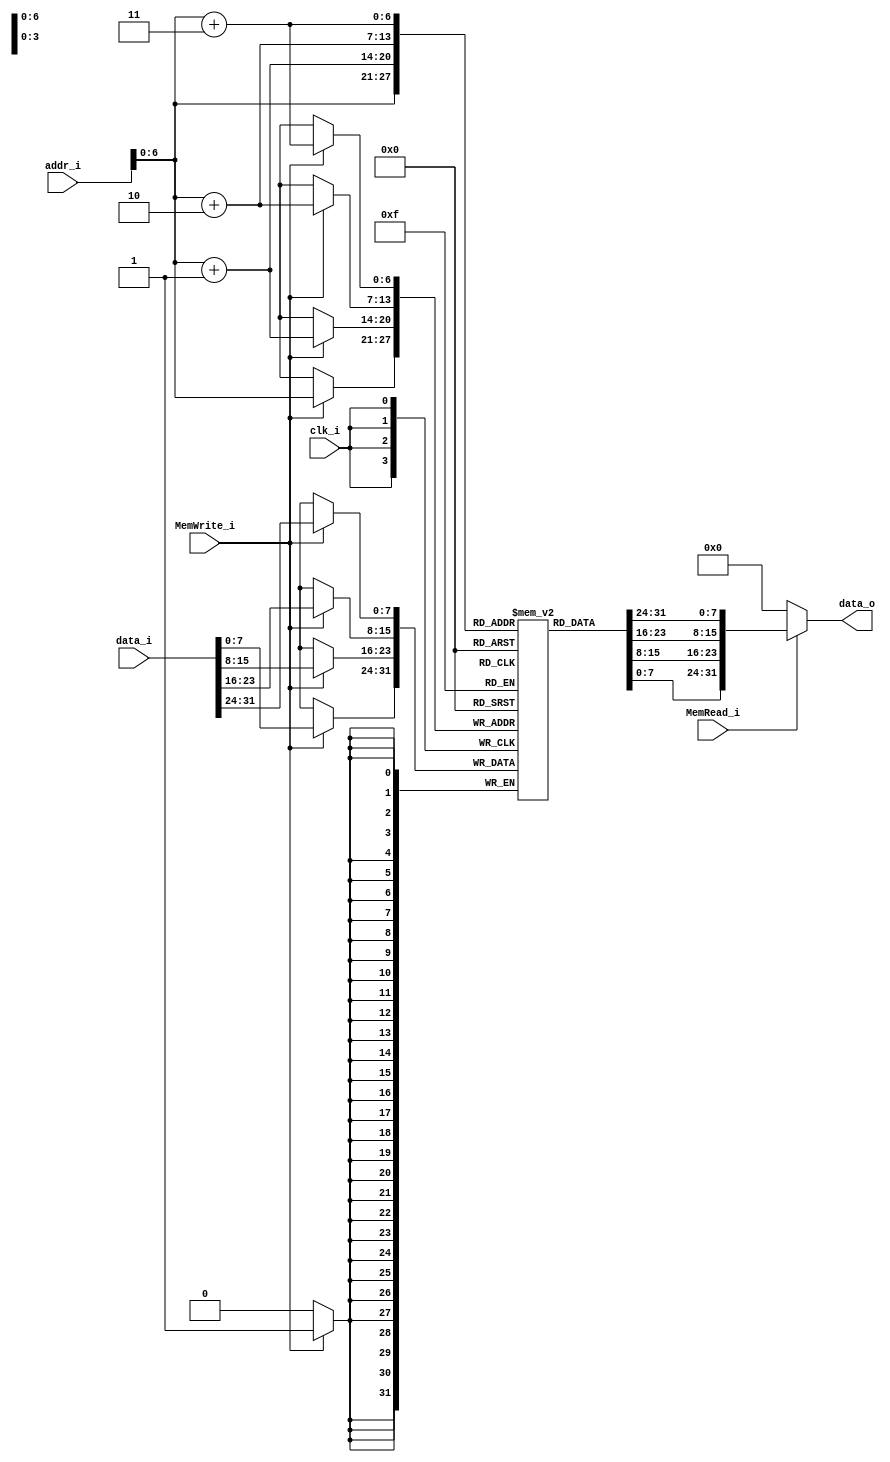
`timescale 1ns / 1ps
//Subject:     CO project 4 - Data Memory
//--------------------------------------------------------------------------------
//Version:     1
//--------------------------------------------------------------------------------
//Writer:      
//----------------------------------------------
//Date:        
//----------------------------------------------
//Description: 
//--------------------------------------------------------------------------------
module Data_Memory(
    clk_i,
    addr_i,
    data_i,
    MemRead_i,
    MemWrite_i,
    data_o
);

// Interface
input           clk_i;
input   [31:0]  addr_i;
input   [31:0]  data_i;
input           MemRead_i;
input           MemWrite_i;
output  [31:0]  data_o;

// Signals
reg     [31:0]  data_o;

// Memory
reg     [7:0]   Mem     [0:127]; // address: 0x00~0x80

// For Testbench to debug
wire    [31:0]  memory  [0:31];
assign  memory[0] = {Mem[3], Mem[2], Mem[1], Mem[0]};
assign  memory[1] = {Mem[7], Mem[6], Mem[5], Mem[4]};
assign  memory[2] = {Mem[11], Mem[10], Mem[9], Mem[8]};
assign  memory[3] = {Mem[15], Mem[14], Mem[13], Mem[12]};
assign  memory[4] = {Mem[19], Mem[18], Mem[17], Mem[16]};
assign  memory[5] = {Mem[23], Mem[22], Mem[21], Mem[20]};
assign  memory[6] = {Mem[27], Mem[26], Mem[25], Mem[24]};
assign  memory[7] = {Mem[31], Mem[30], Mem[29], Mem[28]};
assign  memory[8] = {Mem[35], Mem[34], Mem[33], Mem[32]};
assign  memory[9] = {Mem[39], Mem[38], Mem[37], Mem[36]};
assign  memory[10] = {Mem[43], Mem[42], Mem[41], Mem[40]};
assign  memory[11] = {Mem[47], Mem[46], Mem[45], Mem[44]};
assign  memory[12] = {Mem[51], Mem[50], Mem[49], Mem[48]};
assign  memory[13] = {Mem[55], Mem[54], Mem[53], Mem[52]};
assign  memory[14] = {Mem[59], Mem[58], Mem[57], Mem[56]};
assign  memory[15] = {Mem[63], Mem[62], Mem[61], Mem[60]};
assign  memory[16] = {Mem[67], Mem[66], Mem[65], Mem[64]};
assign  memory[17] = {Mem[71], Mem[70], Mem[69], Mem[68]};
assign  memory[18] = {Mem[75], Mem[74], Mem[73], Mem[72]};
assign  memory[19] = {Mem[79], Mem[78], Mem[77], Mem[76]};
assign  memory[20] = {Mem[83], Mem[82], Mem[81], Mem[80]};
assign  memory[21] = {Mem[87], Mem[86], Mem[85], Mem[84]};
assign  memory[22] = {Mem[91], Mem[90], Mem[89], Mem[88]};
assign  memory[23] = {Mem[95], Mem[94], Mem[93], Mem[92]};
assign  memory[24] = {Mem[99], Mem[98], Mem[97], Mem[96]};
assign  memory[25] = {Mem[103], Mem[102], Mem[101], Mem[100]};
assign  memory[26] = {Mem[107], Mem[106], Mem[105], Mem[104]};
assign  memory[27] = {Mem[111], Mem[110], Mem[109], Mem[108]};
assign  memory[28] = {Mem[115], Mem[114], Mem[113], Mem[112]};
assign  memory[29] = {Mem[119], Mem[118], Mem[117], Mem[116]};
assign  memory[30] = {Mem[123], Mem[122], Mem[121], Mem[120]};
assign  memory[31] = {Mem[127], Mem[126], Mem[125], Mem[124]};


always@(posedge clk_i)
begin
    if(MemWrite_i)
    begin
        Mem[addr_i+3] <= data_i[31:24];
        Mem[addr_i+2] <= data_i[23:16];
        Mem[addr_i+1] <= data_i[15:8];
        Mem[addr_i]   <= data_i[7:0];
    end
end

always@(addr_i or MemRead_i)
begin
    if(MemRead_i)
        data_o = {Mem[addr_i + 3], Mem[addr_i + 2], Mem[addr_i + 1], Mem[addr_i]};
    else
        data_o = 32'b0;
end

endmodule